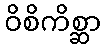
ဝိစိကိစ္ဆာ